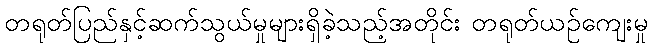
တရုတ်ပြည်နှင့်ဆက်သွယ်မှုများရှိခဲ့သည့်အတိုင်း တရုတ်ယဉ်ကျေးမှု